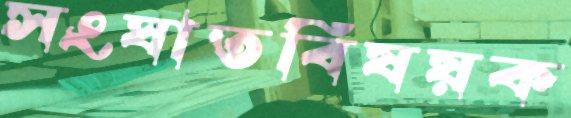
সংঘাতবিষয়ক